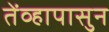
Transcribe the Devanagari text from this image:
तेंव्हापासुन